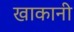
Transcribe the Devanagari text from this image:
खाकानी